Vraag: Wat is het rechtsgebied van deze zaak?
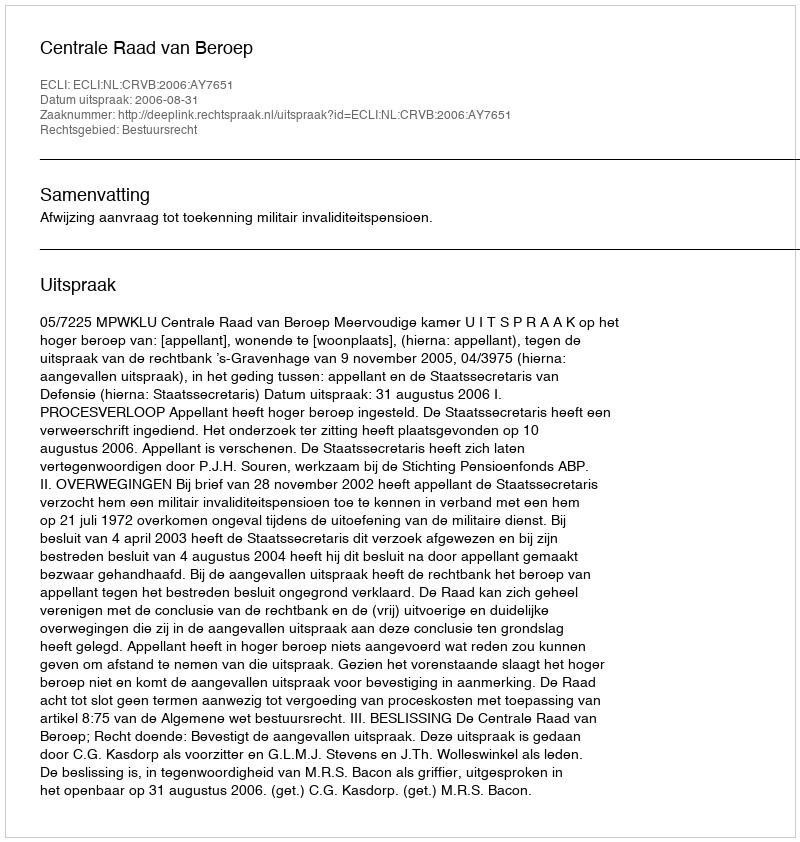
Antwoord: Bestuursrecht